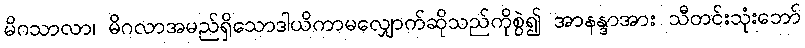
မိဂသာလာ၊ မိဂလာအမည်ရှိသောဒါယိကာမလျှောက်ဆိုသည်ကိုစွဲ၍ အာနန္ဒာအား သီတင်းသုံးဘော်